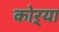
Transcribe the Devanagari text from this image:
कोऱ्‍या